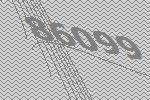
86099